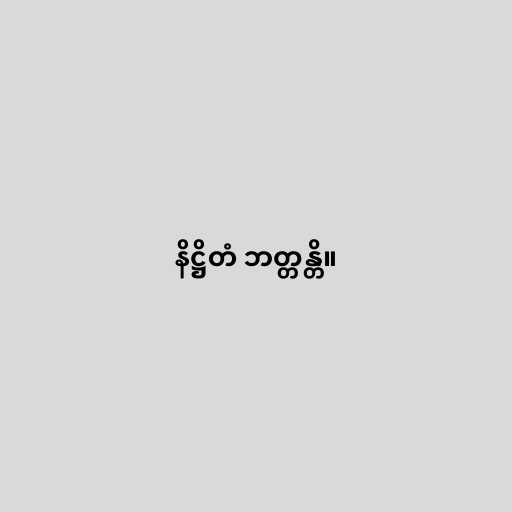
နိဋ္ဌိတံ ဘတ္တန္တိ။